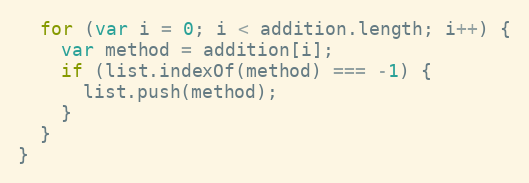
Language: JavaScript
  for (var i = 0; i < addition.length; i++) {
    var method = addition[i];
    if (list.indexOf(method) === -1) {
      list.push(method);
    }
  }
}